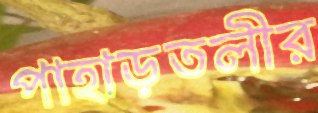
পাহাড়তলীর